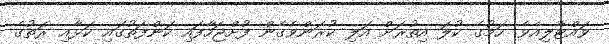
ވައްޓާލިއެވެ. ހަމުގެ ކުލަ އިތުރަށް އަލި ކުރަންވެގެން ފުށްޖަހާފައި ކަންފަތުގައި ކަޅާއި ރަތުގެ